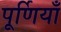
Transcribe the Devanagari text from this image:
पूर्णियाँ